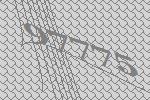
97775